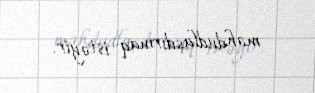
məhdudlaşdırmaq istəyir.